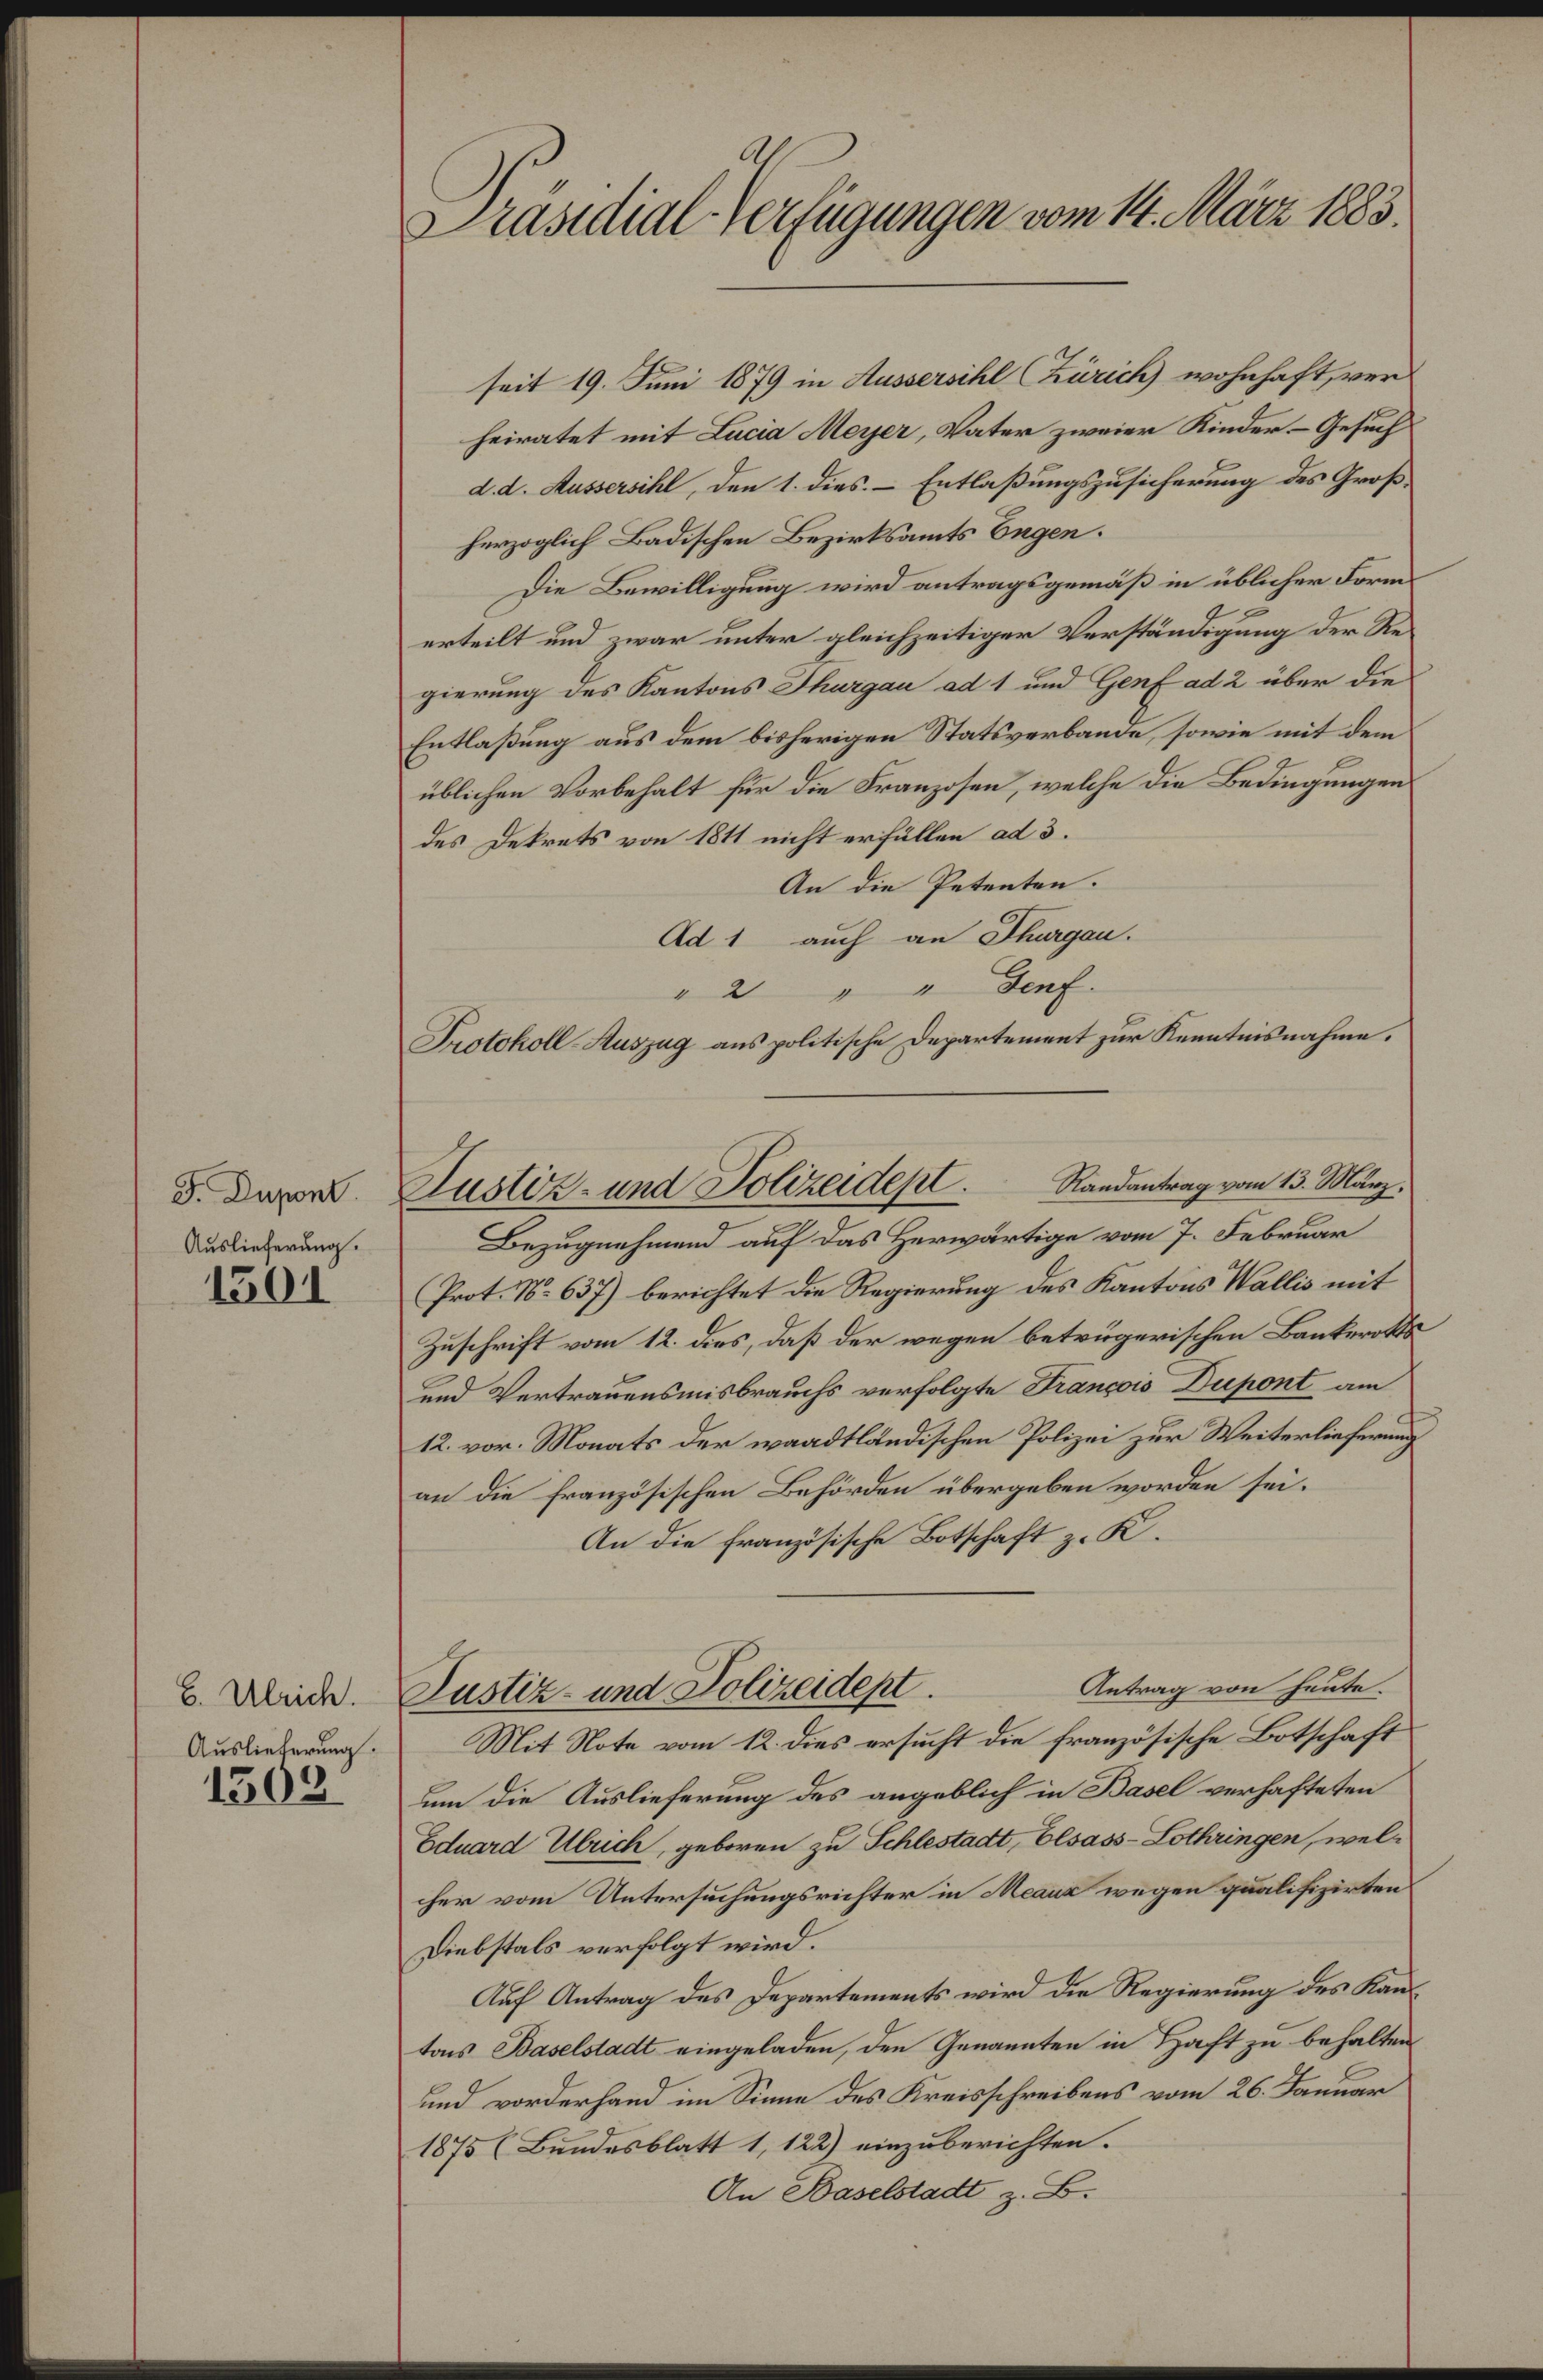
F. Dupont.
Auslieferung.

1501

H. Ulrich.
Auslieferung.

1502

Präsidial-Verfügungen vom 14. März 1883.

seit 19. Juni 1879 in Aussersihl Zürich wohnhaft, ver-
heiratet mit Lucia Meyer, Vater zweier Kinder-Gesuch
d. d. Aussersihl, den 1. dies. Entlaßungszusicherung des Großherzoglich Badischen Bezirksamts Engen.
Die Bewilligung wird antragsgemäß in üblicher Formerteilt und zwar unter gleichzeitiger Verständigung der Regierung des Kantons Thurgau ad 1 und Genf ad 2 über die
Entlaßung aus dem bisherigen Statsverbande, sowie mit dem
üblichen Vorbehalt für die Franzosen, welche die Bedingungen
des Dekrets von 1811 nicht erfüllen ad 3.
An die Petenten.
Ad 1 auch an Thurgau.
" 2 " " Genf.
Protokoll-Auszug aus politische Departement zur Kenntnisnahme.
Bezugnahmend auf das Herwärtige vom 7. Februar
Prot. No 637) berichtet die Regierung des Kantons Wallis mit
Zuschrift vom 12. dies, daß der wegen betrügerischen Bankerotts
und Vertrauensmisbrauchs verfolgte Francois Dupont am
12. vor. Monats der waadtländischen Polizei zur Weiterlieferung
an die französischen Behörden übergeben worden sei.
An die Französische Botschaft z. K.
Antrag von heute.
Justiz- und Polizeidept.
Mit Note vom 12. dies ersucht die französische Botschaft
um die Auslieferung des angeblich in Basel verhafteten
Eduard Ulrich, geboren zu Schlestadt, Elsass-Lothringen, welcher vom Untersuchungsrichter in Meauz wegen qualifizirtens
Diebstals verfolgt wird.
Auf Antrag des Departements wird die Regierung des Kantons Baselstadt eingeladen, den Genannten in Haft zu behalten
und worderhand im Sinne des Kreisschreibens vom 26. Januar
1875 (Bundesblatt 1, 122) einzuberichten.
An Baselstadt z. B.

Justiz- und Polizeidept. Randantrag vom 13. März.